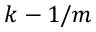
k - 1 / m